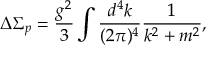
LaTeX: \Delta \Sigma _ { p } = \frac { g ^ { 2 } } 3 \int \frac { d ^ { 4 } k } { ( 2 \pi ) ^ { 4 } } \frac 1 { k ^ { 2 } + m ^ { 2 } } ,